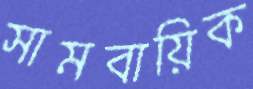
সামবায়িক